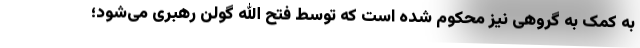
به کمک به گروهی نیز محکوم شده است که توسط فتح الله گولن رهبری می‌شود؛